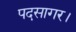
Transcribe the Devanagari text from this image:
पदसागर।